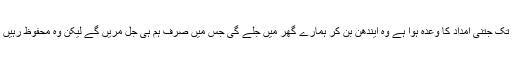
ابھی تک جتنی امداد کا وعدہ ہوا ہے وہ ایندھن بن کر ہمارے گھر میں جلے گی جس میں صرف ہم ہی جل مریں گے لیکن وہ محفوظ رہیں گے۔